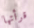
قرأتها